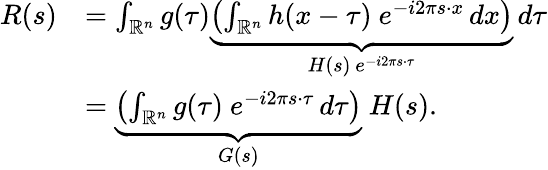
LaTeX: {\begin{array}{rl}{R(s)}&{=\int_{\mathbb{R}^{n}}g(\tau)\underbrace{\left(\int_{\mathbb{R}^{n}}h(x-\tau)\ e^{-i2\pi s\cdot x}\, dx\right)}_{H(s)\ e^{-i2\pi s\cdot\tau}}\, d\tau}\\ &{=\underbrace{\left(\int_{\mathbb{R}^{n}}g(\tau)\ e^{-i2\pi s\cdot\tau}\, d\tau\right)}_{G(s)}\ H(s).}\end{array}}